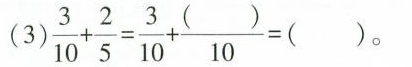
(3)$$\frac { 3 } { 1 0 } + \frac { 2 } { 5 } = \frac { 3 } { 1 0 } + \frac { ( ) } { 1 0 } = ( )$$。